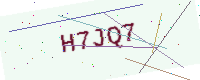
Text: H7JQ7